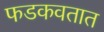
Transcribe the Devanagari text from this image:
फडकवतात